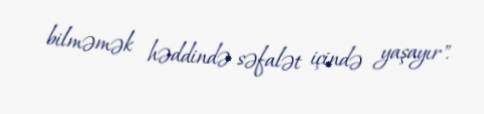
bilməmək həddində səfalət içində yaşayır".